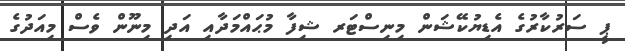
ޕީ ސަރުކާރުގެ އެޑިޔުކޭޝަން މިނިސްޓަރ ޝިފާ މުޙައްމަދާއި އަދި މިނޫން ވެސް މިއަދުގެ